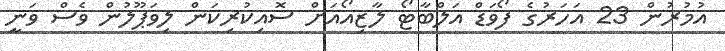
އުމުރުން 23 އަހަރުގެ ފޯވަޑް އަލްބާޓޯ ލާޒިއޯއަށް ސޮއިކުރިކަން ލިވަޕޫލުން ވެސް ވަނީ